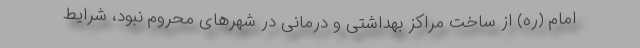
امام (ره) از ساخت مراکز بهداشتی و درمانی در شهرهای محروم نبود، شرایط